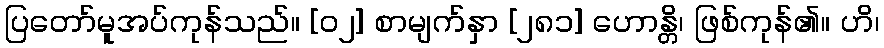
ပြတော်မူအပ်ကုန်သည်။ [၀၂] စာမျက်နှာ [၂၈၁] ဟောန္တိ၊ ဖြစ်ကုန်၏။ ဟိ၊